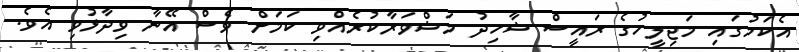
އެކަމުގައި މަޖިލީހުގެ ރައީސް ޝާހިދު މަޝްވަރާކުރެއްވި ކަމަށް ވެސް އޭނާ ވިދާޅުވި އެވެ.